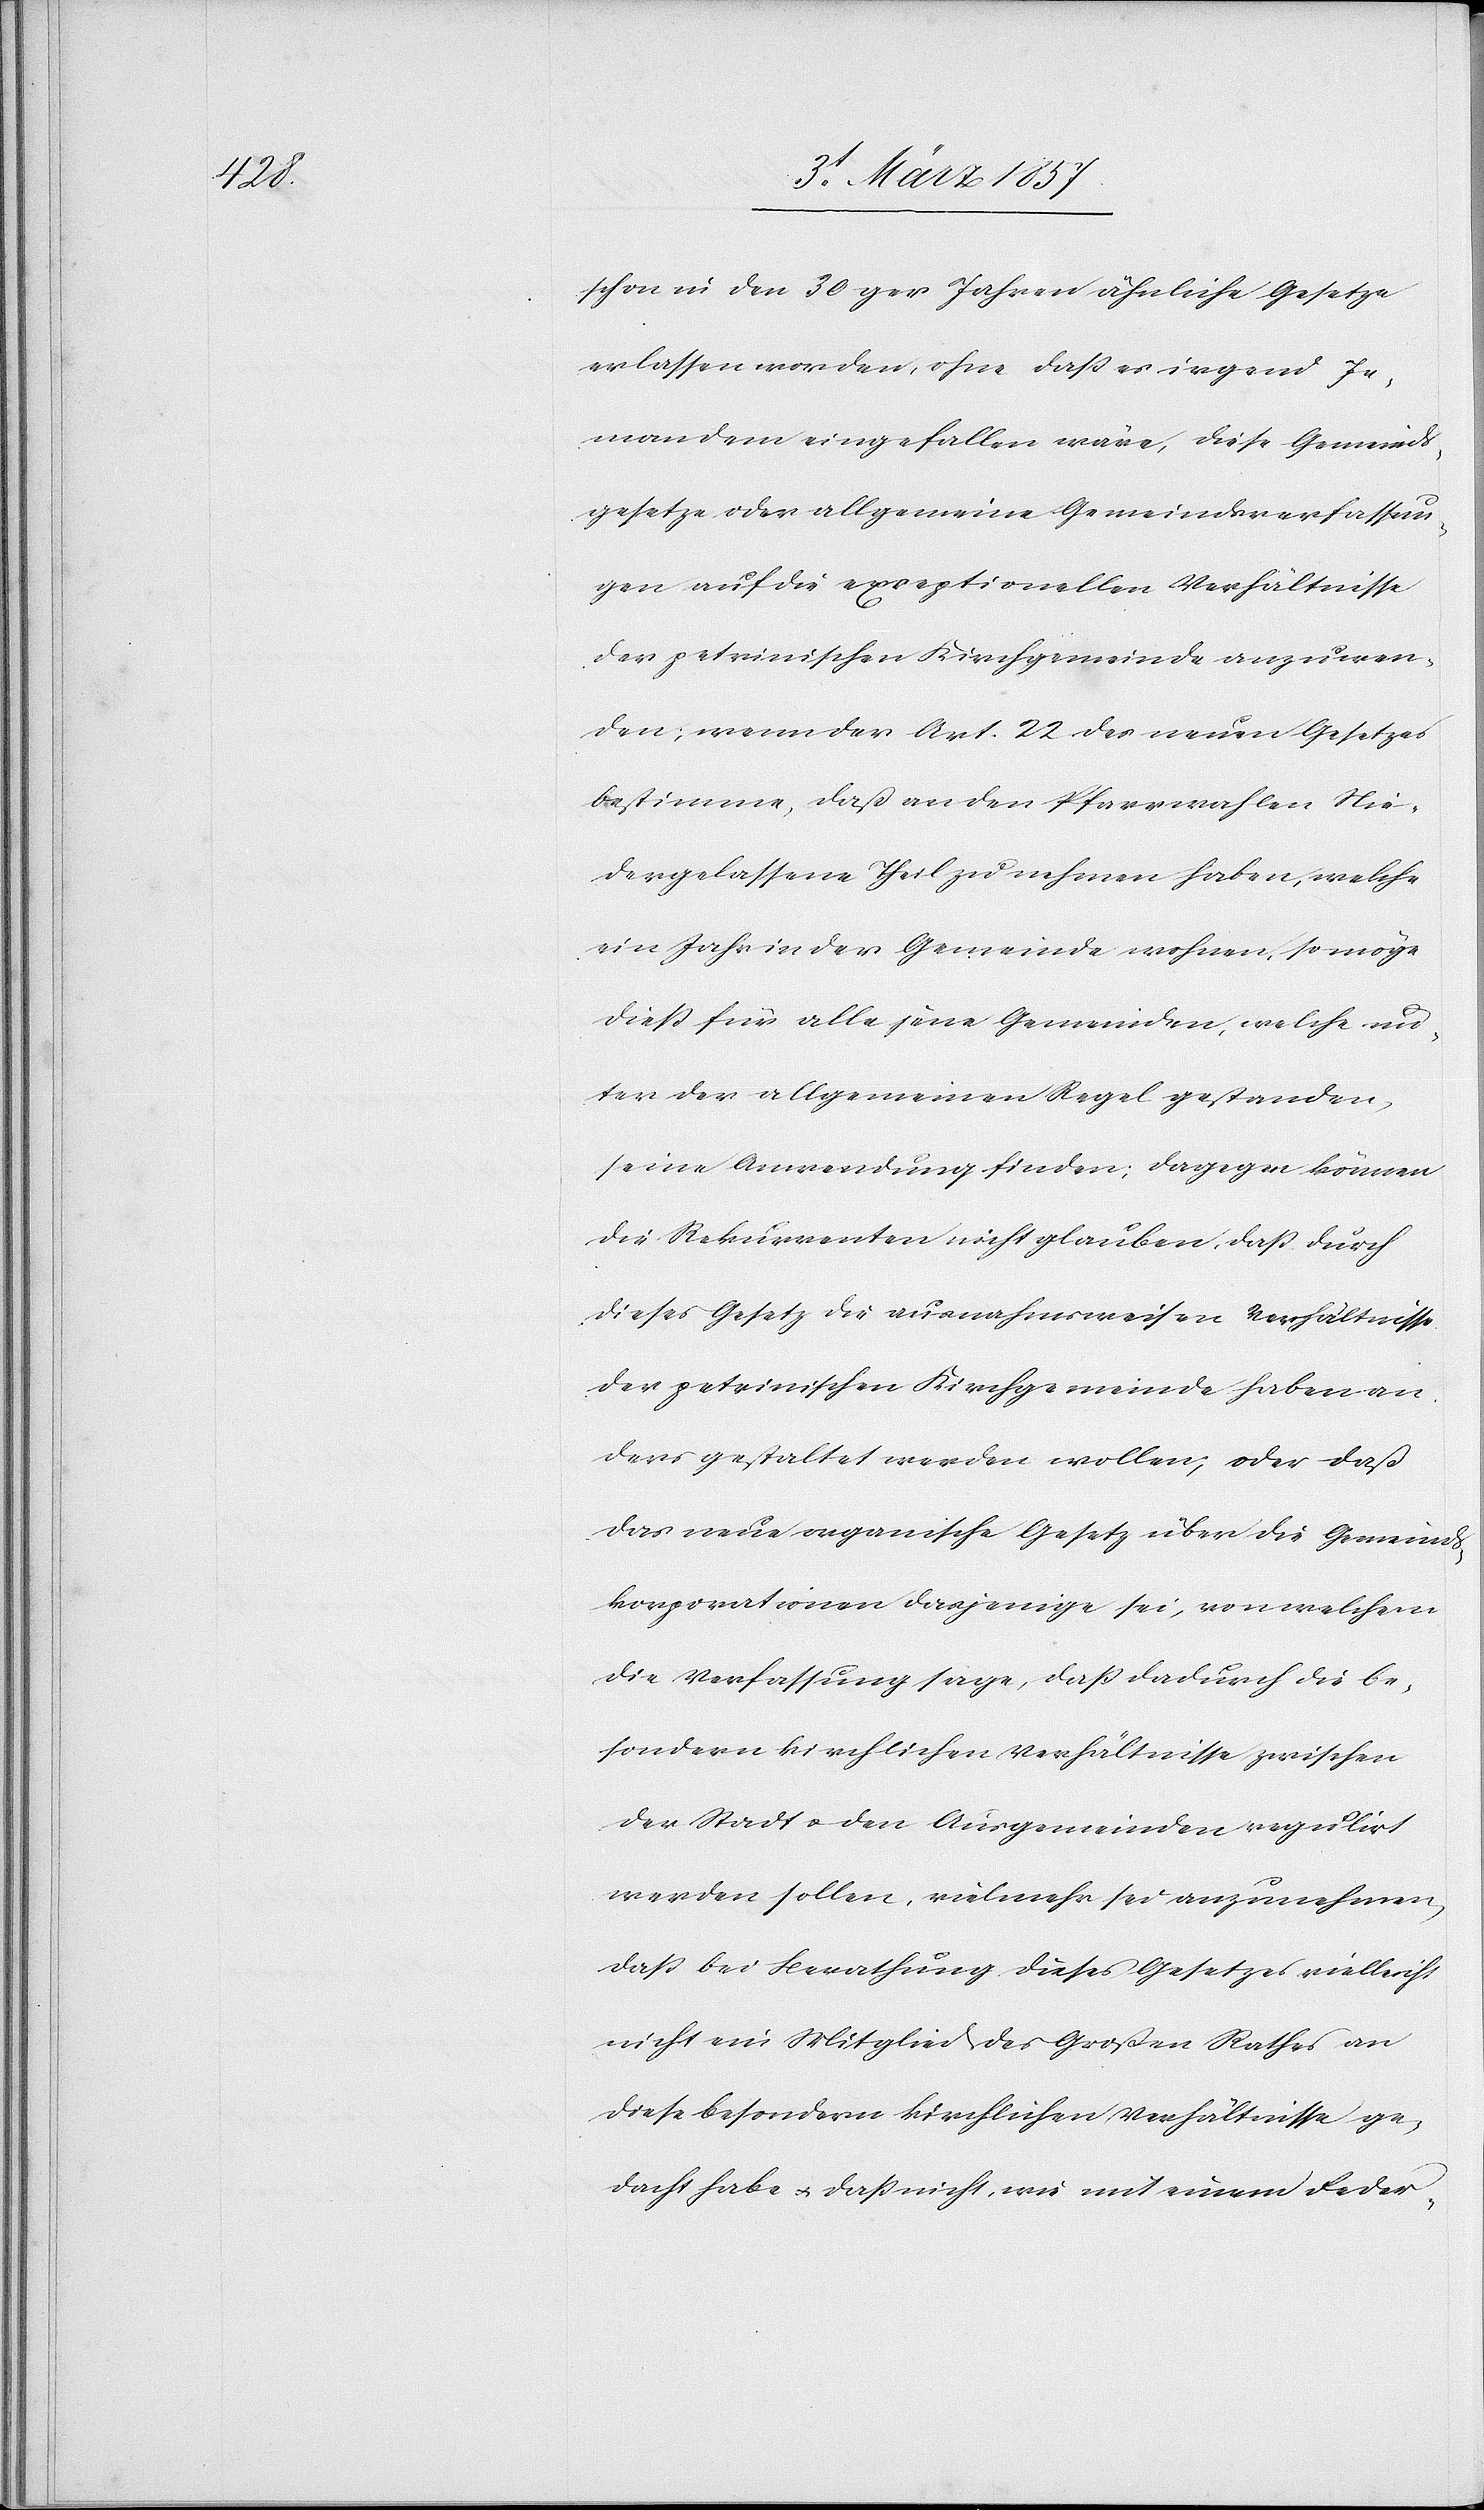
schon in den 30ger Jahren ähnliche Gesetze
erlassen worden, ohne daß es irgend Je¬
mandem eingefallen wäre, diese Gemeinds¬
gesetze oder allgemeine Gemeindsverfassun¬
gen auf die exceptionellen Verhältnisse
der petrinischen Kirchgemeinde anzuwen¬
den; wenn der Art. 22 des neuen Gesetzes
bestimme, daß an den Pfarrwahlen Nie¬
dergelassene Theil zu nehmen haben, welche
ein Jahr in der Gemeinde wohnen, so möge
dieß für alle jene Gemeinden, welche un¬
ter der allgemeinen Regel gestanden,
seine Anwendung finden; dagegen können
die Rekurrenten nicht glauben, daß durch
dieses Gesetz die ausnahmsweisen Verhältnisse
der petrinischen Kirchgemeinde haben an¬
ders gestaltet werden wollen; oder daß
das neue organische Gesetz über die Gemeind¬
skorporationen dasjenige sei, von welchem
die Verfassung sage, daß dadurch die be¬
sondern kirchlichen Verhältnisse zwischen
der Stadt u. den Ausgemeinden regulirt
werden sollen vielmehr sei anzunehmen,
daß bei Berathung dieses Gesetzes vielleicht
nicht ein Mitglied des Großen Rathes an
diese besondern kirchlichen Verhältnisse ge¬
dacht habe u. daß nicht, wie mit einem Feder-